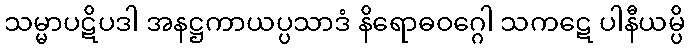
သမ္မာပဋိပဒါ အနဋ္ဌကာယပ္ပသာဒံ နိရောဓဝဂ္ဂေါ သကဋေ ပါနီယမ္ပိ